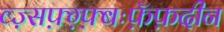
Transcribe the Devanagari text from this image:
व्ज़्सफ़्ग़्फ़्बःफ़ॅफ़दीन